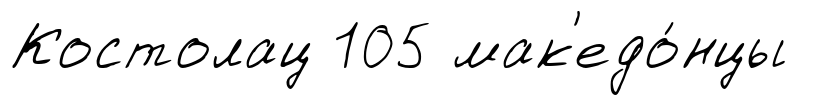
Костолац 105 мак'едо́нцы